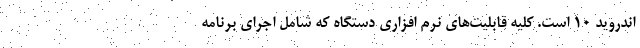
اندروید 10 است. کلیه قابلیت‌های نرم افزاری دستگاه که شامل اجرای برنامه